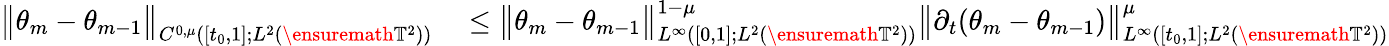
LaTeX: \begin{array}{rl}{\big\| \theta_{m}-\theta_{m-1}\big\| _{C^{0,\mu}([t_{0},1];L^{2}(\ensuremath{\mathbb{T}}^{2}))}}&{{}\leq\big\| \theta_{m}-\theta_{m-1}\big\| _{L^{\infty}([0,1];L^{2}(\ensuremath{\mathbb{T}}^{2}))}^{1-\mu}\big\| \partial_{t}(\theta_{m}-\theta_{m-1})\big\| _{L^{\infty}([t_{0},1];L^{2}(\ensuremath{\mathbb{T}}^{2}))}^{\mu}}\end{array}